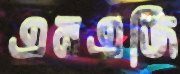
এমএজি